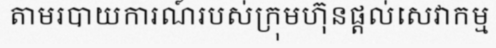
តាមរបាយការណ៍របស់ក្រុមហ៊ុនផ្តល់សេវាកម្ម